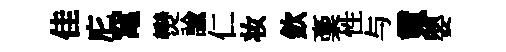
佳庀𥧄𤓖諭仁妆欽稾性与䰟嬰